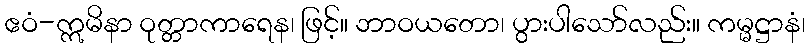
ဧဝံ-ဣမိနာ ဝုတ္တာကာရေန၊ ဖြင့်။ ဘာဝယတော၊ ပွားပါသော်လည်း။ ကမ္မဋ္ဌာနံ၊